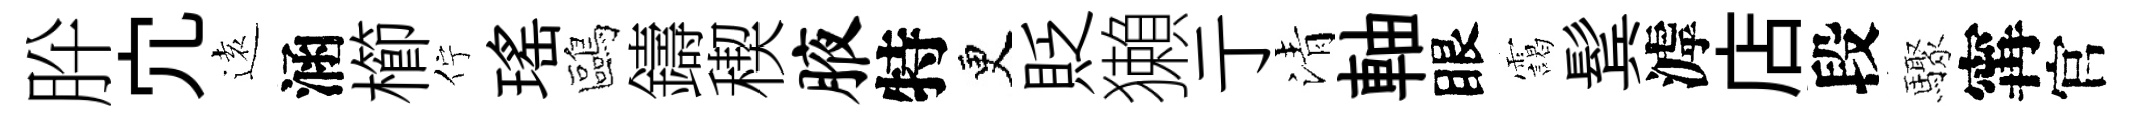
肸宂逺涵櫛佇瑶鷗鑄稧腋特更貶獺亍清軸眼靄鬂滹店段驟𡩋官